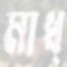
মাধ্